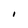
Character: I